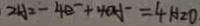
2 H _ { 2 } - 4 e ^ { - } + 4 0 H ^ { - } = 4 H _ { 2 } O